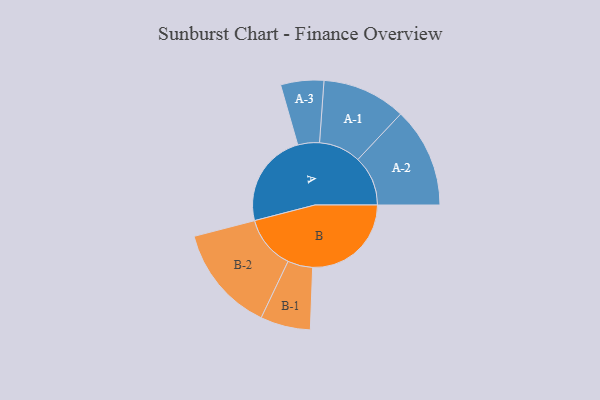
{"axis": {"x": "Segment", "y": "Value"}, "legend": ["", "A", "B"], "data": [{"x": "A", "y": 466, "type": ""}, {"x": "B", "y": 485, "type": ""}, {"x": "A-1", "y": 206, "type": "A"}, {"x": "A-2", "y": 246, "type": "A"}, {"x": "A-3", "y": 106, "type": "A"}, {"x": "B-1", "y": 123, "type": "B"}, {"x": "B-2", "y": 263, "type": "B"}]}